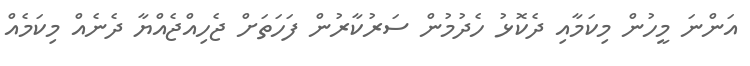
އަންނަ މީހުން މިކަމާއި ދެކޮޅު ހެދުމުން ސަރުކާރުން ފަހަތަށް ޖެހިއްޖެއްޔާ ދެނެއް މިކަމެއް